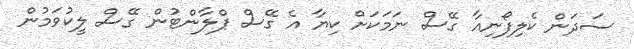
ސަދަން ކެލިފޯނިއާ ގޭސް ނަމަކަށް ކިޔާ އެ ގޭސް ޕްލާންޓުން ގޭސް ލީކުވަމުން